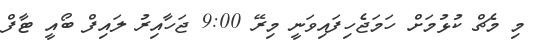
މި މެޗް ކުޅުމަށް ހަމަޖެހިފައިވަނީ މިރޭ 9:00 ޖަހާއިރު ލައިފް ބޯއީ ޓާފް